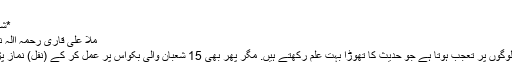
117/4)
*شب براءت:
ملا علی قاری رحمہ االہ نے فرمایا:
مجھے ان لوگوں پر تعجب ہوتا ہے جو حدیث کا تھوڑا بہت علم رکھتے ہیں. مگر پھر بھی 15 شعبان والی بکواس پر عمل کر کے (نفل) نماز پڑھتے ہیں۔